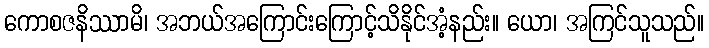
ကောစဇနိဿာမိ၊ အဘယ်အကြောင်းကြောင့်သိနိုင်အံ့နည်း။ ယော၊ အကြင်သူသည်။